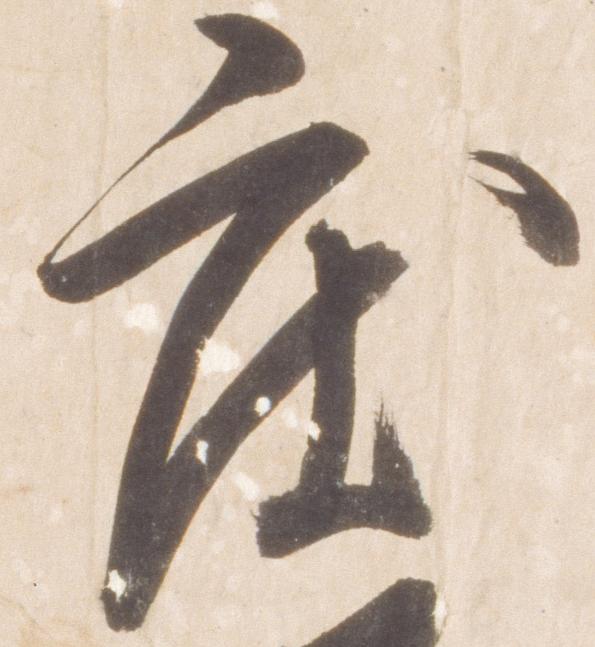
度